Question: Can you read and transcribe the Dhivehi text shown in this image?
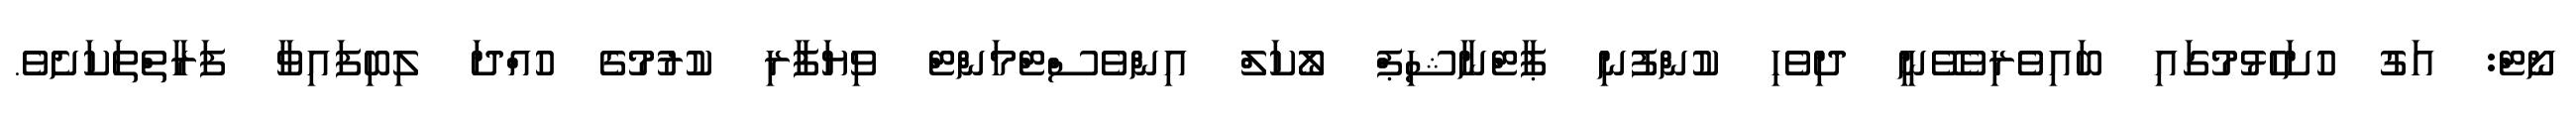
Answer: ނޯޓް: އަގު ހުށަހެޅުމުގައި ބައިވެރިވެވޭނީ ދިވެހި ކުންފުނި ޕާޓްނާޝިޕް ލޯކަލް އިންވެސްޓްމަންޓް ވިޔަފާރި ކުރުމުގެ ހުއްދަ ލިބިފައިވާ ފަރާތްތަކަށެވެ.